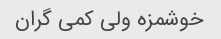
خوشمزه ولی کمی گران